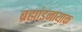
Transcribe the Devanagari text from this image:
ब्रह्मांडनायाक